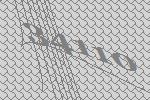
34110